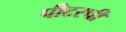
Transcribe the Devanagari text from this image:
पीटरची